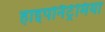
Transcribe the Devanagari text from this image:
हाइपोनैट्रेमिया